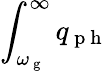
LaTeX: \int_{\omega_{\mathrm{~g~}}}^{\infty}q_{\mathrm{~p~h~}}